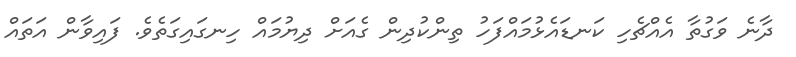
ދާނެ ވަގުތާ އެއްޗެހި ކަނޑައެޅުމައްފަހު ތިންކުދިން ގެއަށް ދިޔުމައް ހިނގައިގަތެވެ. ފައިވާން އަތައް